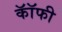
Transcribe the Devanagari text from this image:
कॉॅफी